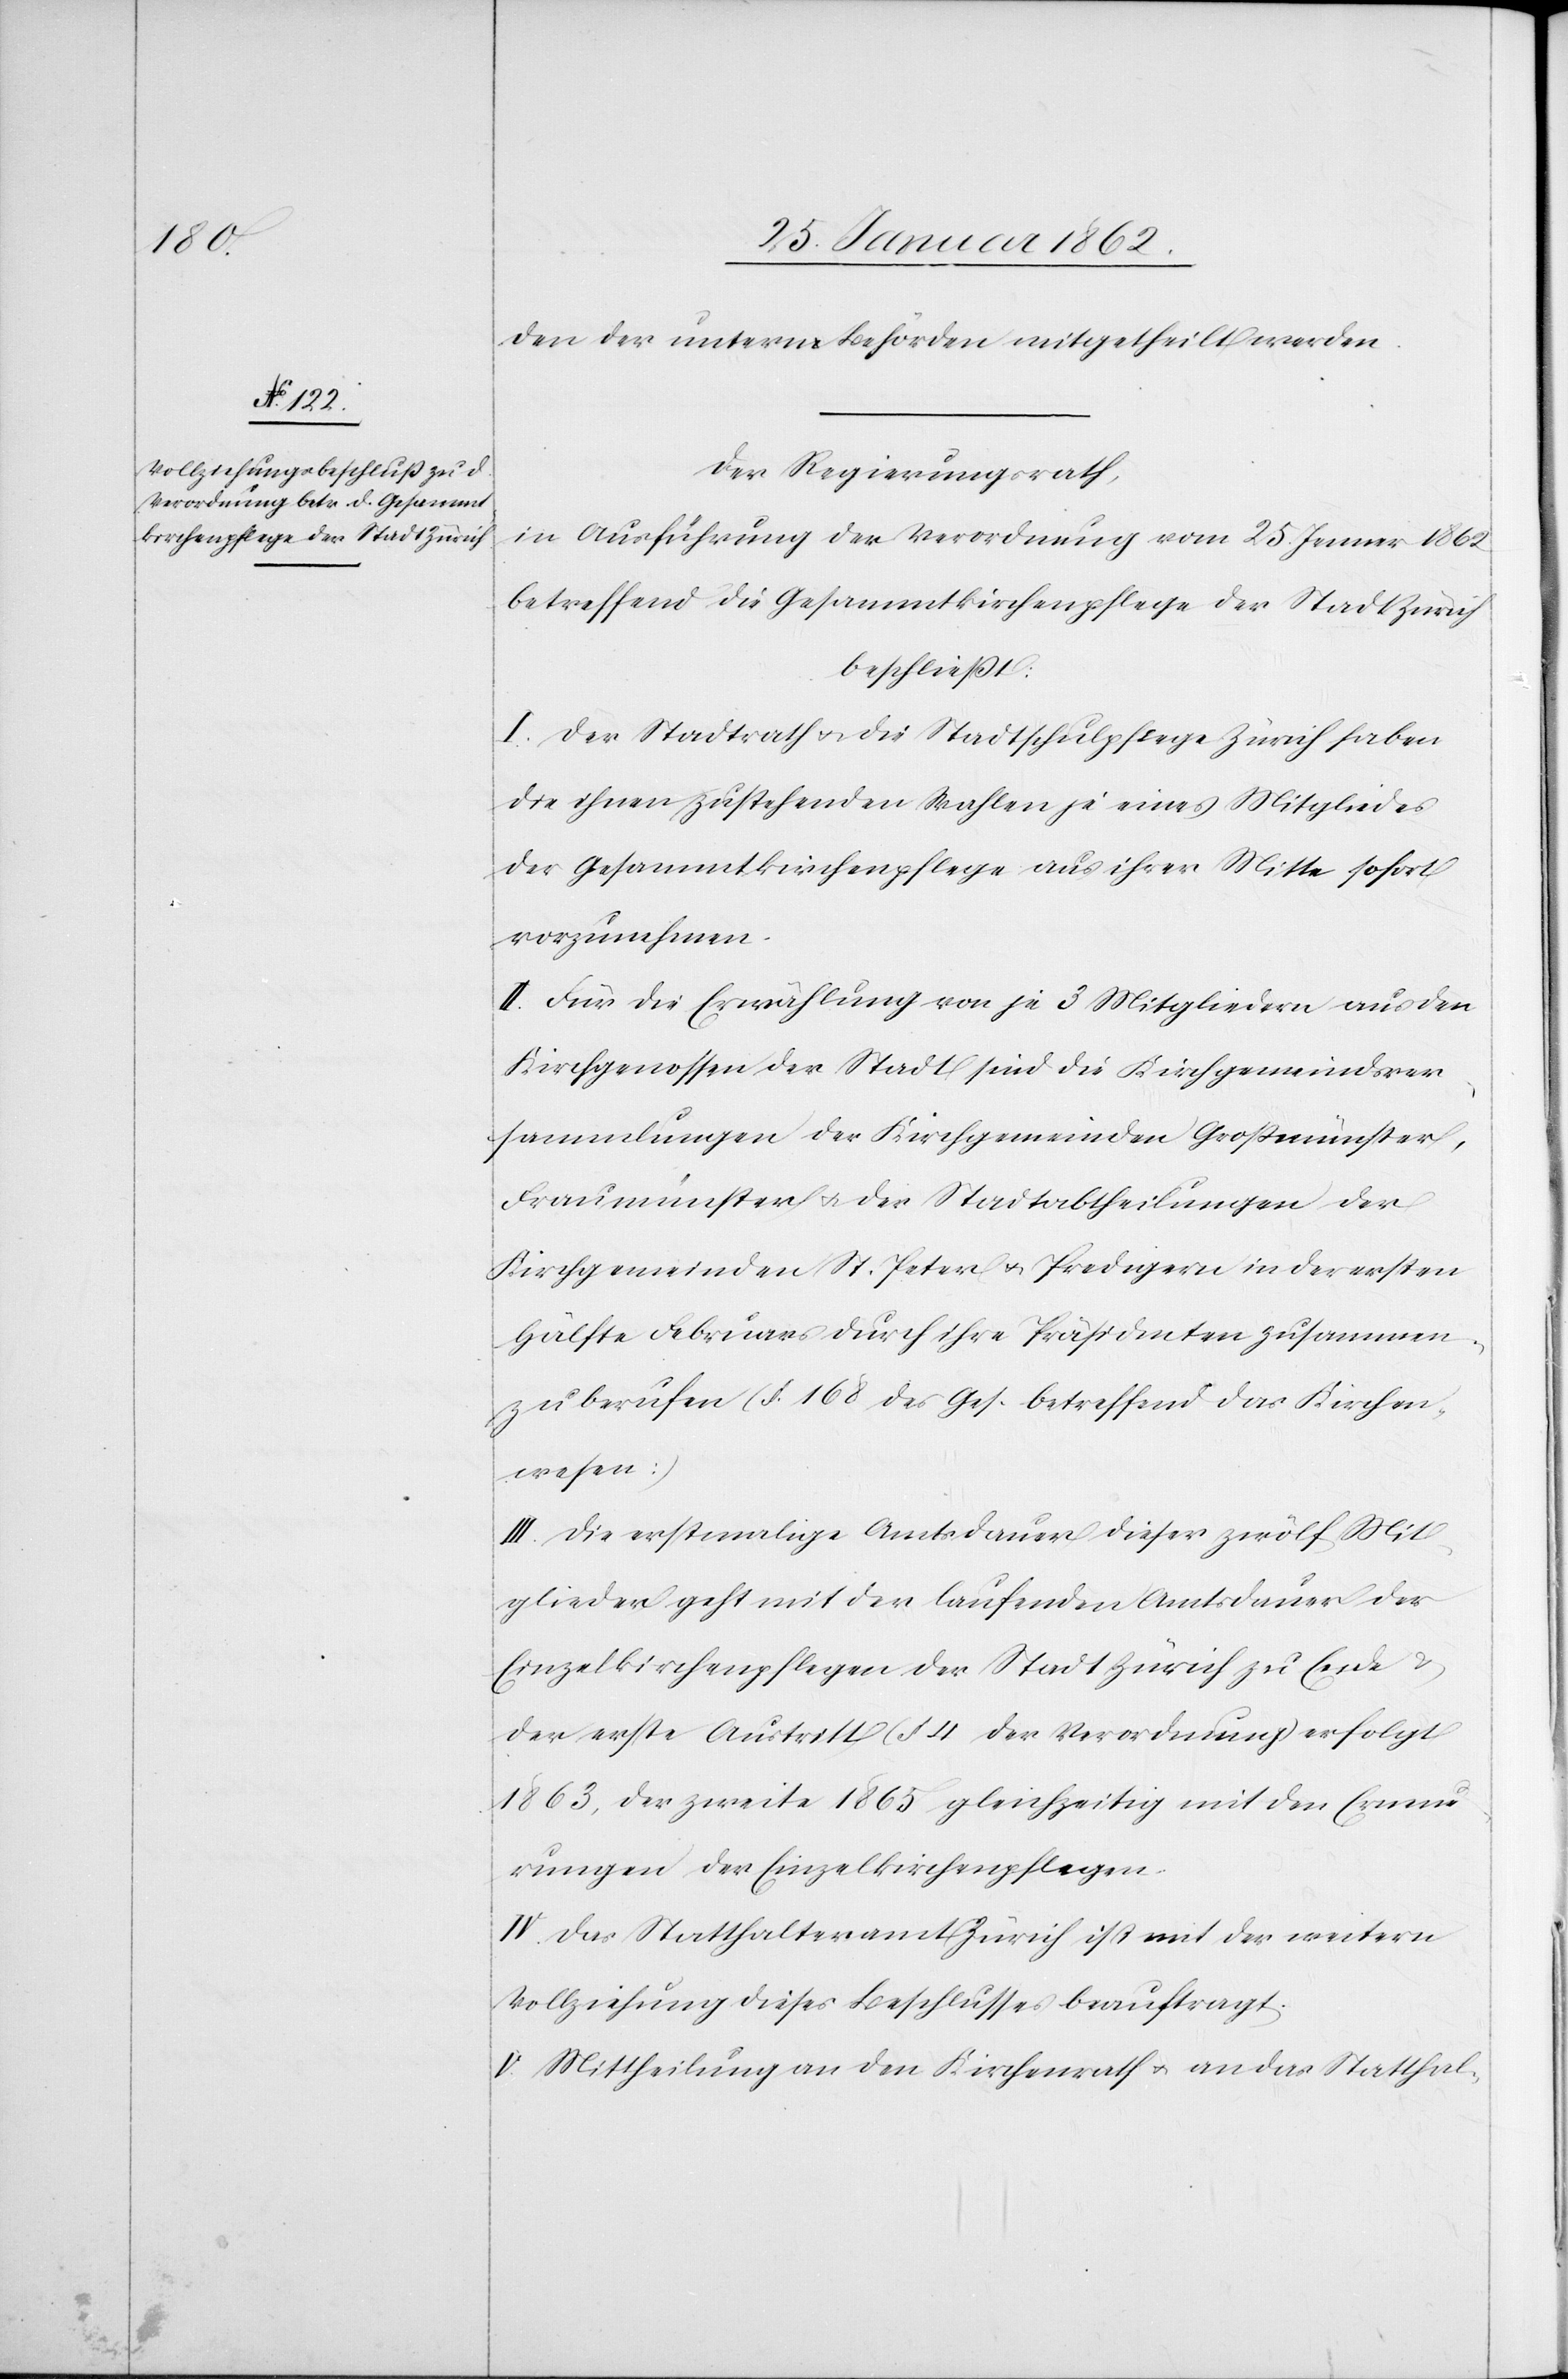
den der untern Behörden mitgetheilt werden.
Der Regierungsrath,
in Ausführung der Verordnung vom 25. Jenner 1862
betreffend die Gesammtkirchenpflege der Stadt Zürich
beschließt:
I. Der Stadtrath u. die Stadtschulpflege Zürich haben
die ihnen zustehenden Wahlen je eines Mitgliedes
der Gesammtkirchenpflege aus ihrer Mitte sofort
vorzunehmen.
II. Für die Erwählung von je 3 Mitgliedern aus den
Kirchengenossen der Stadt sind die Kirchgemeindsver¬
sammlunden der Kirchgemeinden Großmünster,
Fraumünster u. der Stadtabtheilungen der
Kirchgemeinden St. Peter u. Predigern in der ersten
Hälfte Februars durch ihre Präsidenten zusammen¬
zuberufen (§. 168 des Ges. betreffend das Kirchen¬
wesen:)
III. Die erstmalige Amtsdauer dieser zwölf Mit¬
glieder geht mit der laufenden Amtsdauer der
Einzelkirchenpflegen der Stadt Zürich zu Ende &
der erste Austritt (§ 4 der Verordnung) erfolgt
1863, der zweite 1865 gleichzeitig mit den Ernenn¬
ungen der Einzelkirchenpflegen.
IV. Das Statthalteramt Zürich ist mit der weitern
Vollziehung dieses Beschlusses beauftragt.
V. Mittheilung an den Kirchenrath u. an das Statthal-